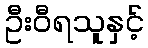
ဦးဝီရသူနှင့်